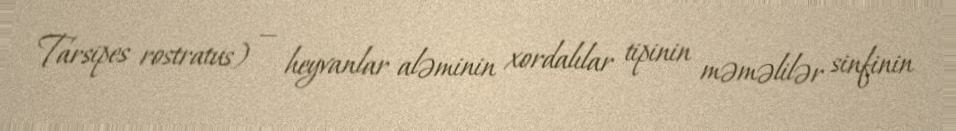
Tarsipes rostratus) — heyvanlar aləminin xordalılar tipinin məməlilər sinfinin